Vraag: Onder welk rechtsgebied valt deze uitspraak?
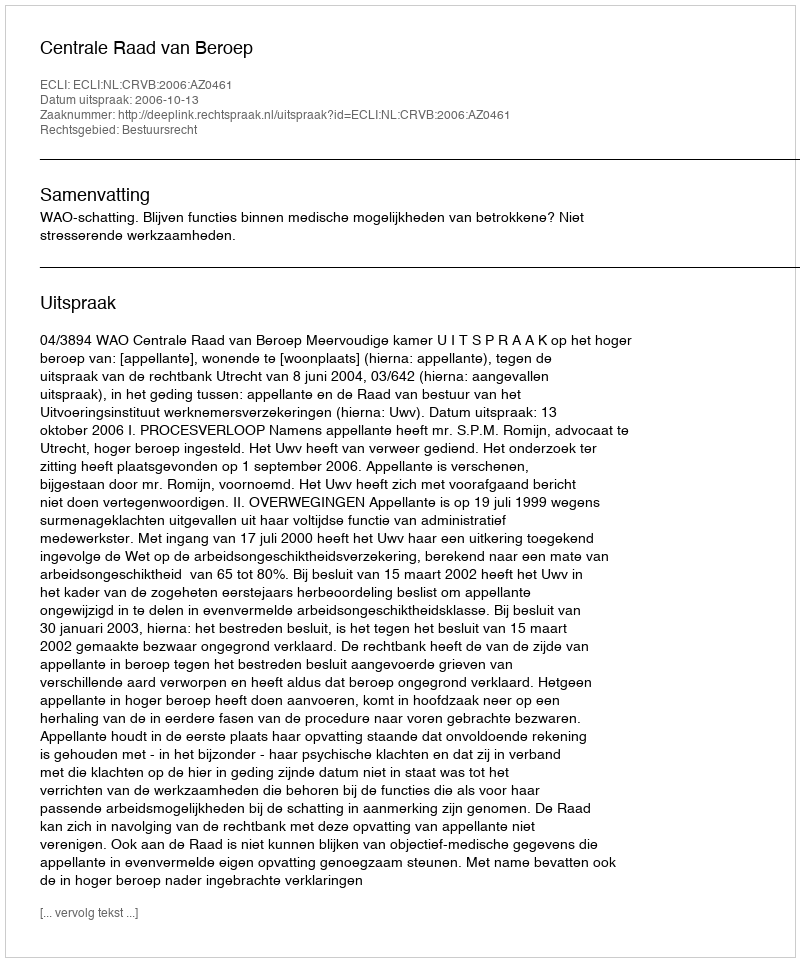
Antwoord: Bestuursrecht